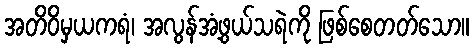
အတိဝိမှယကရံ၊ အလွန်အံ့ဖွယ်သရဲကို ဖြစ်စေတတ်သော။